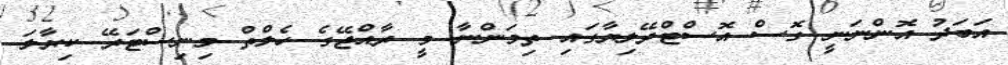
އަބަދު އޮންނަނީ ގޮސް އޮސްޓްރޭލިޔާގައި ތިމަންނާ މީ ރާއްޖޭގެ ހެލްތް މިނިސްޓަރޭ ކިޔާލަ